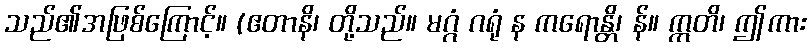
သည်၏အဖြစ်ကြောင့်။ (ဧတာနိ၊ တို့သည်။ မဂ္ဂံ ဂရုံ န ကရောန္တိ၊ န်။ ဣတိ၊ ဤကား